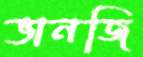
ভানজি